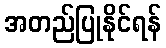
အတည်ပြုနိုင်ရန်